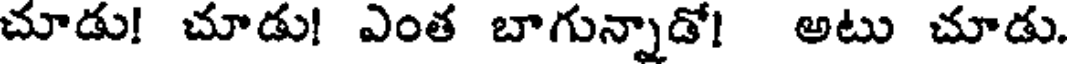
చూడు! చూడు! ఎంత బాగున్నాడో! అటు చూడు.